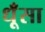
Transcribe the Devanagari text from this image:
धूँसा